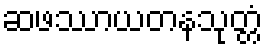
ဆဖဿာယတနသုတ္တံ